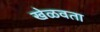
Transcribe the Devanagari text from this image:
खेळवता